Leaving Certificate Examination, 1908
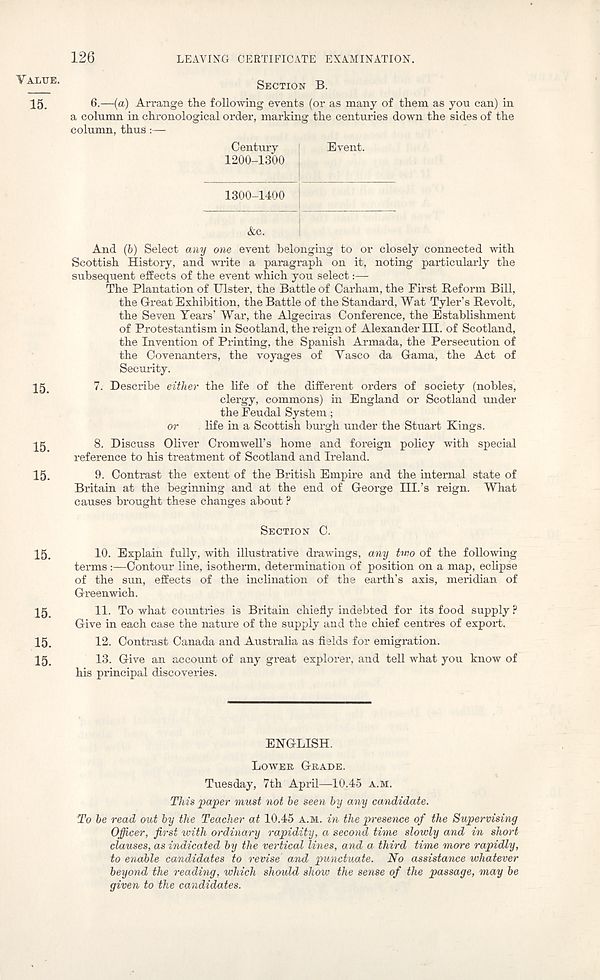
126
LEAVING CERTIFICATE EXAMINATION.
VALUE.
15.
15.
15.
15.
SECTION B.
6.—(a) Arrange the following events (or as many of them as you can) in
a column in chronological order, marking the centuries down the sides of the
column, thus:—
Century
[
Event.
1200-1300 i
1300-1400
&c.
|
And (b) Select any one event belonging to or closely connected with
Scottish History, and write a paragraph on it, noting particularly the
subsequent effects of the event which you select:—
The Plantation of Ulster, the Battle of Carham, the First Reform Bill,
the Great Exhibition, the Battle of the Standard, Wat Tyler’s Revolt,
the Seven Tears’ War, the Algeciras Conference, the Establishment
of Protestantism in Scotland, the reign of Alexander III. of Scotland,
the Invention of Printing, the Spanish Armada, the Persecution of
the Covenanters, the voyages of Vasco da Gama, the Act of
Security.
7. Describe either the life of the different orders of society (nobles,
clergy, commons) in England or Scotland under
the Feudal System;
or
life in a Scottish burgh under the Stuart Kings.
8. Discuss Oliver Cromwell’s home and foreign policy with special
reference to his treatment of Scotland and Ireland.
9. Contrast the extent of the British Empire and the internal state of
Britain at the beginning and at the end of George III.’s reign. What
causes brought these changes about ?
SECTION C.
1§.
10. Explain fully, with illustrative drawings, any two of the following
terms:—Contour line, isotherm, determination of position on a map, eclipse
of the sun, effects of the inclination of the earth’s axis, meridian of
Greenwich.
15
11. To what countries is Britain chiefly indebted for its food supply ?
Give in each case the nature of the supply and the chief centres of export.
15.
12. Contrast Canada and Australia as fields for emigration.
15,
13. Give an account of any great explorer, and tell what you know of
his principal discoveries.
ENGLISH.
LOWER GRADE.
Tuesday, 7th April—10.45 A.M.
This paper must not be seen by any candidate.
To be read out by the Teacher at 10.45 A.M. in the presence of the Supervising
Officer, first with ordinary rapidity, a second time slowly and in short
clauses, as indicated by the vertical lines, and a third time more rapidly,
to enable candidates to revise and punctuate. No assistance whatever
beyond the reading, which should show the sense of the passage, may be
given to the candidates.